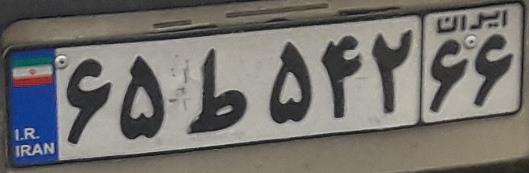
۶۵ط۵۴۲۶۶